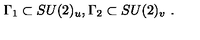
\Gamma _ { 1 } \subset S U ( 2 ) _ { u } , \Gamma _ { 2 } \subset S U ( 2 ) _ { v } \ .